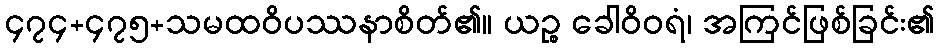
၄၇၄+၄၇၅+သမထဝိပဿနာစိတ်၏။ ယဉ္စ ခေါဝိဝရံ၊ အကြင်ဖြစ်ခြင်း၏